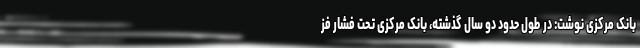
بانک مرکزی نوشت: در طول حدود دو سال گذشته، بانک مرکزی تحت فشار فز